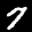
Label: 7